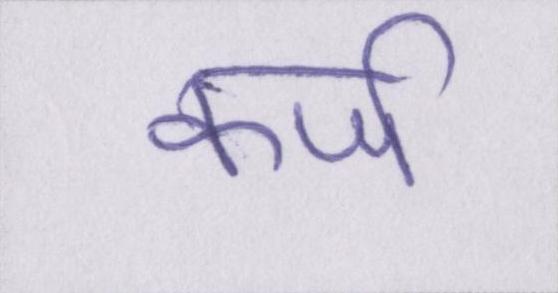
कर्ज